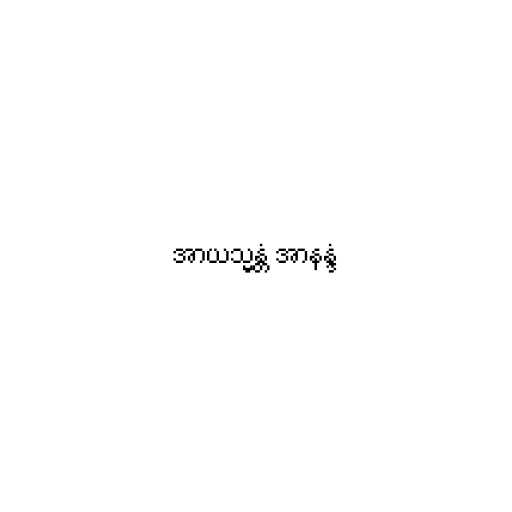
အာယသ္မန္တံ အာနန္ဒံ